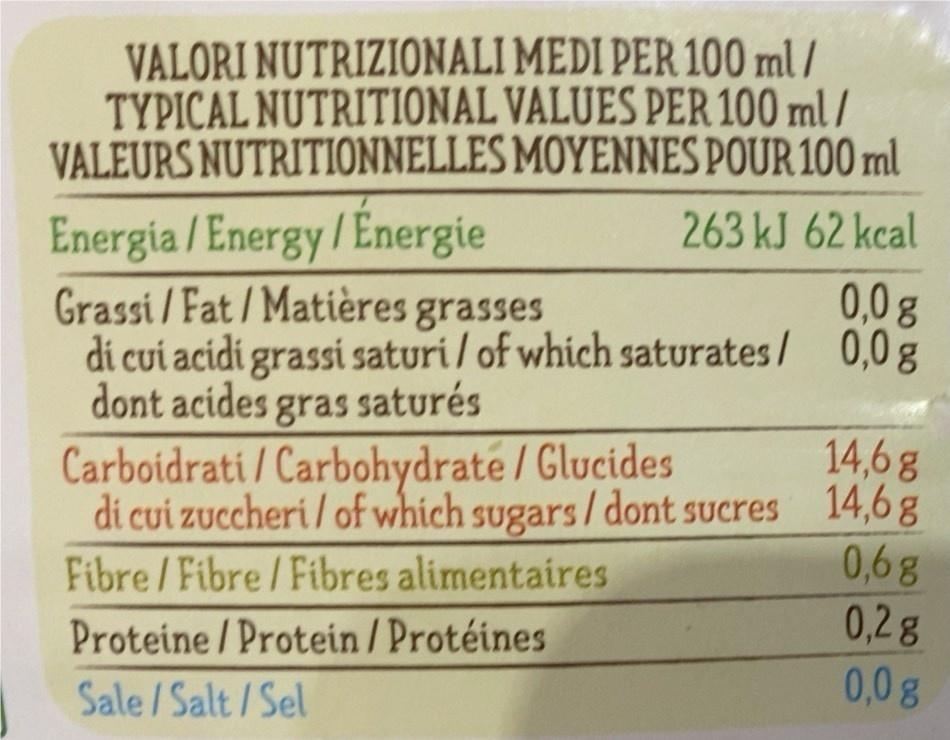
VALORI NUTRIZIONALI MEDI PER 100 ml/ TYPICAL NUTRITIONAL VALUES PER 100 ml / VALEURS NUTRITIONNELLES MOYENNES POUR 100 ml 263 kJ 62 kcal
Energia / Energy/Energie Grassi / Fat/Matières grasses di cui acidi grassi saturi / of which saturates/ 0,0g dont acides gras saturés Carboidrati / Carbohydrate / Glucides di cui zuccheri / of which sugars / dont sucres 14,6 g Fibre/Fibre/Fibres alimentaires Proteine /Protein / Protéines
0,0g
14,6 g
0,6g 0,2g 0,0g
Sale /Salt/Sel